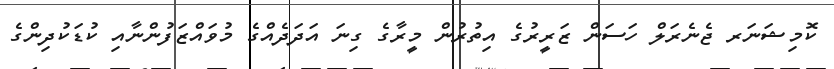
ކޮމިޝަނަރ ޖެނެރަލް ހަސަން ޒަރީރުގެ އިތުރުން މީރާގެ ގިނަ އަދަދެއްގެ މުވައްޒަފުންނާއި ކުޑަކުދިންގެ